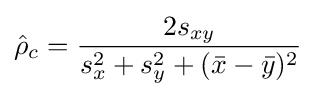
{\hat {\rho }}_{c}={\frac {2s_{xy}}{s_{x}^{2}+s_{y}^{2}+({\bar {x}}-{\bar {y}})^{2}}}